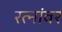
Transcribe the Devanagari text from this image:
रत्‍नांवर